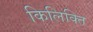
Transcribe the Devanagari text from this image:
किलिक्ति